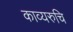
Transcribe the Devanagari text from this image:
काव्यरुचि